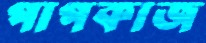
পাপকাজ